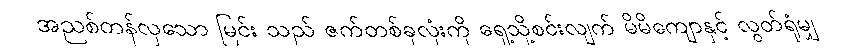
အညစ်တန်လှသော မြင်း သည် ဇက်တစ်ခုလုံးကို ရှေ့သို့စင်းလျက် မိမိကျောနှင့် လွတ်ရုံမျှ